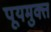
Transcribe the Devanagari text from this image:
पूयमुक्त